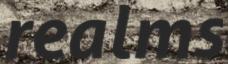
realms